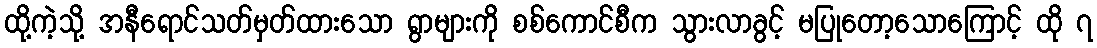
ထို့ကဲ့သို့ အနီရောင်သတ်မှတ်ထားသော ရွာများကို စစ်ကောင်စီက သွားလာခွင့် မပြုတော့သောကြောင့် ထို ၇